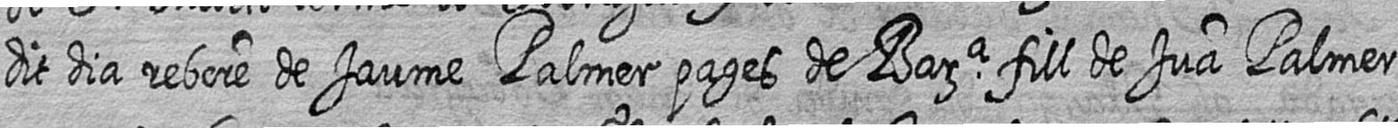
dit dia rebere de Jaume Palmer pages de Bara fill de Jua Palmer